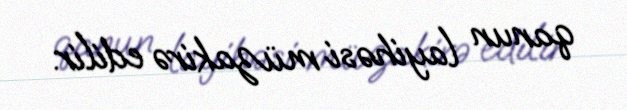
qanun layihəsi müzakirə edilir.